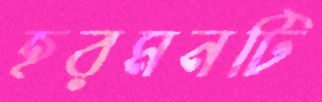
হরমনটি